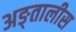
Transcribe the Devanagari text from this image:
अङ्तालीस